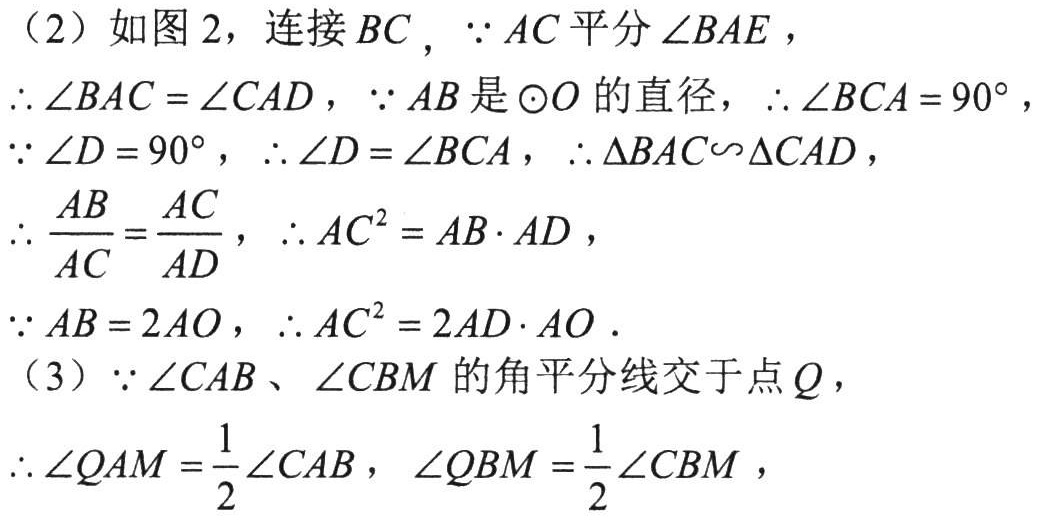
（2）如图 2，连接 \(BC\)，\(\because AC\) 平分 \(\angle BAE\)，
\(\therefore \angle BAC = \angle CAD\)，\(\because AB\) 是 \(\odot O\) 的直径，\(\therefore \angle BCA = 90^{\circ}\)，
\(\because \angle D = 90^{\circ}\)，\(\therefore \angle D = \angle BCA\)，\(\therefore \triangle BAC\sim\triangle CAD\)，
\(\therefore \dfrac{AB}{AC}=\dfrac{AC}{AD}\)，\(\therefore AC^{2} = AB\cdot AD\)，
\(\because AB = 2AO\)，\(\therefore AC^{2} = 2AD\cdot AO\).
（3）\(\because \angle CAB\)、\(\angle CBM\) 的角平分线交于点 \(Q\)，
\(\therefore \angle QAM=\dfrac{1}{2}\angle CAB\)，\(\angle QBM=\dfrac{1}{2}\angle CBM\)，